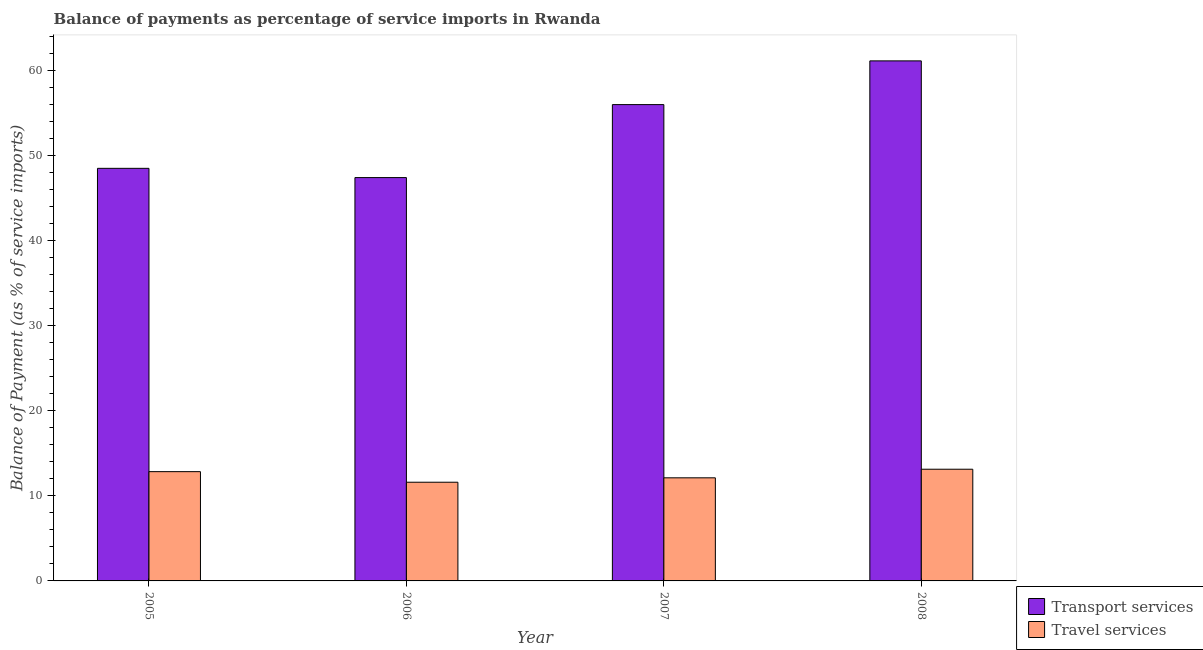
| Year | Transport services | Travel services |
 | --- | --- | --- |
 | 2005 | 48.5 | 12.8 |
 | 2006 | 47.4 | 11.6 |
 | 2007 | 56 | 12.1 |
 | 2008 | 61.1 | 13.1 |